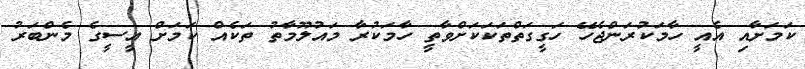
ކަމަށާއި އެއީ ހާމަކުރަންޖެހޭ ހަގީގަތްތަކަކަށްވާތީ ހާމަކުރާ މައުލޫމާތު ތަކެއް ކަމަށް އީސީގެ މެންބަރު